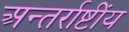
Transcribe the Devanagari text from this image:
अन्तर्राष्टींय